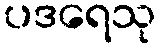
ပဒရေသု